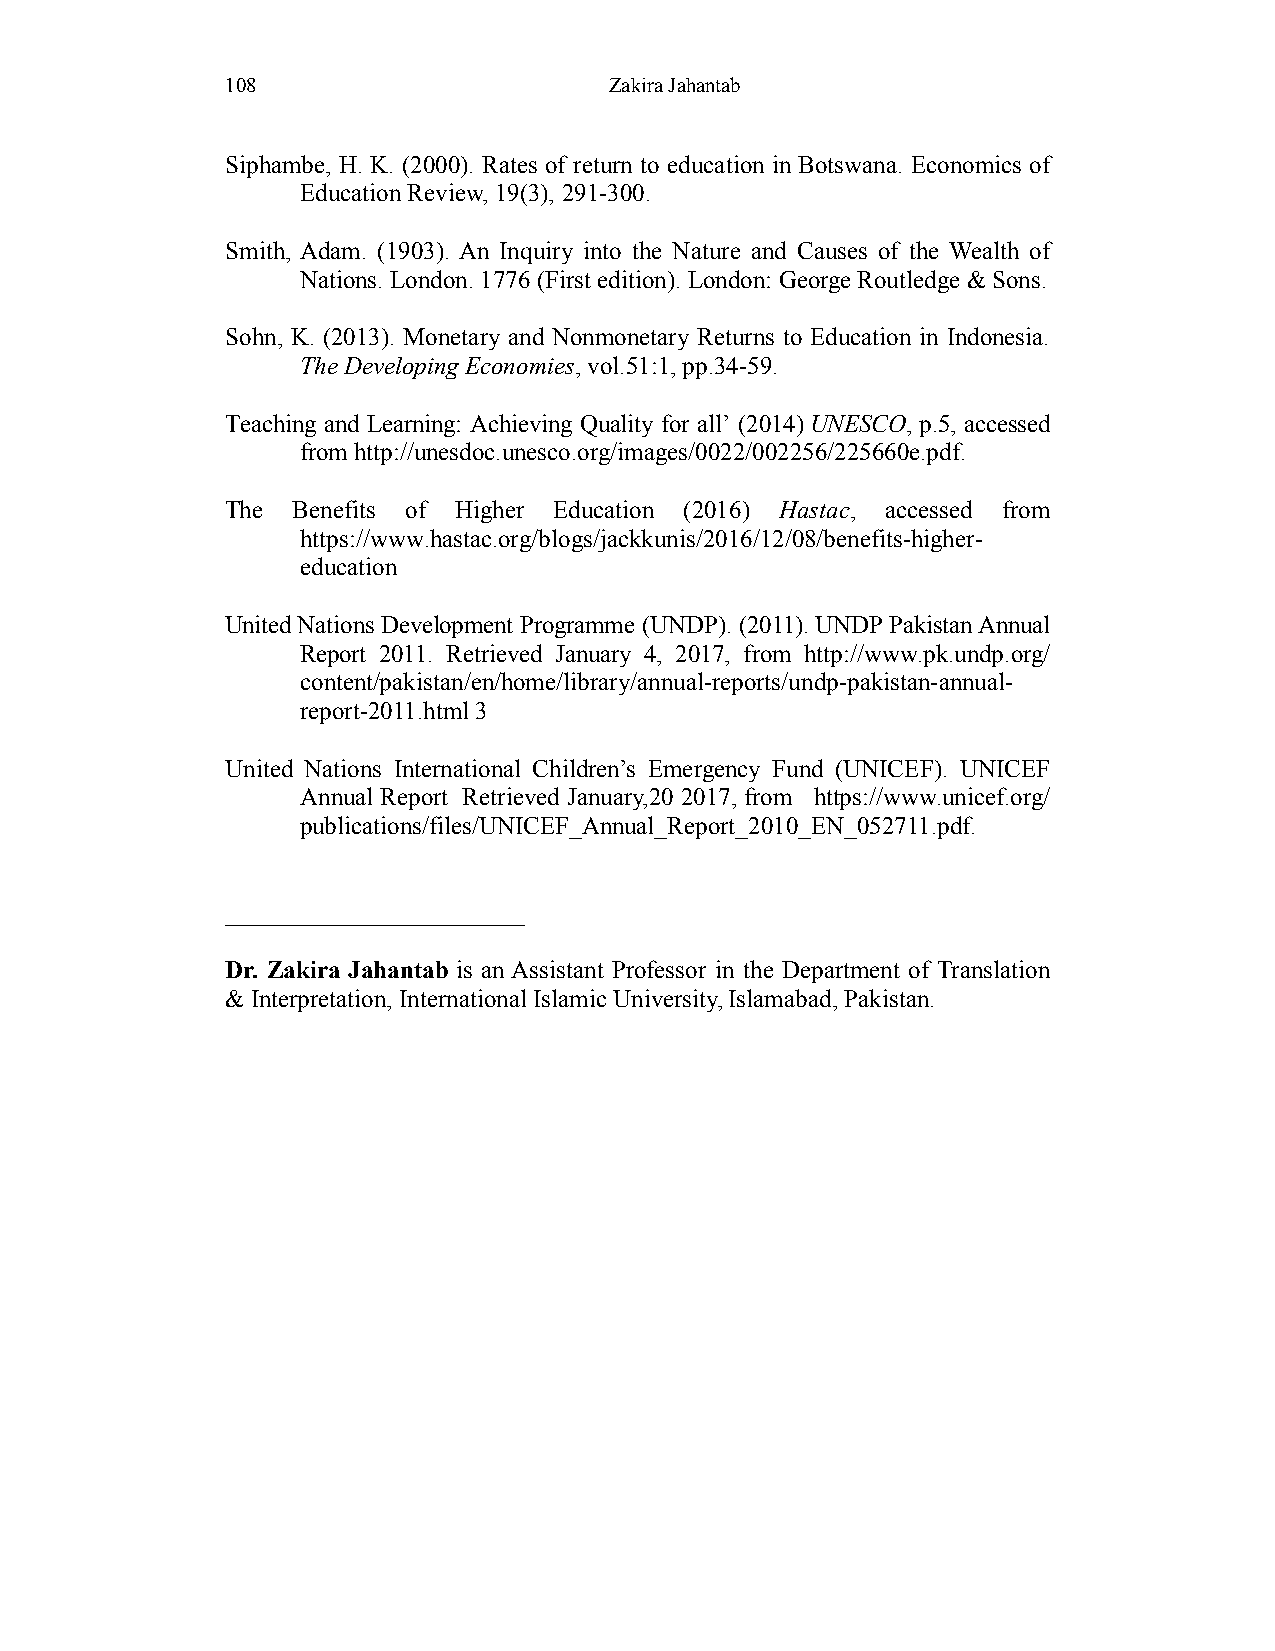
108                      Zakira Jahantab
 Siphambe, H. K. (2000). Rates of return to education in Botswana. Economics of
 Education Review, 19(3), 291-300.
 Smith, Adam. (1903). An Inquiry into the Nature and Causes of the Wealth of
 Nations. London. 1776 (First edition). London: George Routledge & Sons.
 Sohn, K. (2013). Monetary and Nonmonetary Returns to Education in Indonesia.
 The Developing Economies, vol.51:1, pp.34-59.
 Teaching and Learning: Achieving Quality for all’ (2014) UNESCO, p.5, accessed
 from http://unesdoc.unesco.org/images/0022/002256/225660e.pdf.
 The Benefits of Higher Education (2016) Hastac, accessed from
 https://www.hastac.org/blogs/jackkunis/2016/12/08/benefits-higher-
 education
 United Nations Development Programme (UNDP). (2011). UNDP Pakistan Annual
 Report 2011. Retrieved January 4, 2017, from http://www.pk.undp.org/
 content/pakistan/en/home/library/annual-reports/undp-pakistan-annual-
 report-2011.html 3
 United Nations International Children’s Emergency Fund (UNICEF). UNICEF
 Annual Report Retrieved January,20 2017, from https://www.unicef.org/
 publications/files/UNICEF_Annual_Report_2010_EN_052711.pdf.
 ________________________
 Dr. Zakira Jahantab is an Assistant Professor in the Department of Translation
 & Interpretation, International Islamic University, Islamabad, Pakistan.